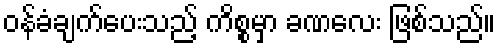
ဝန်ခံချက်ပေးသည့် ကိစ္စမှာ ခဏလေး ဖြစ်သည်။